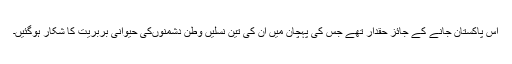
اس پاکستان جانے کے جائز حقدار تھے جس کی پہچان میں ان کی تین نسلیں وطن دشمنوںکی حیوانی بربریت کا شکار ہوگئیں۔